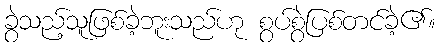
ခွဲသည့်သူဖြစ်ခဲ့ဘူးသည်ဟု စွပ်စွဲပြစ်တင်ခဲ့၏။